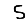
Digit: 5